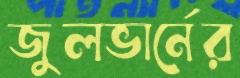
জুলভার্নের